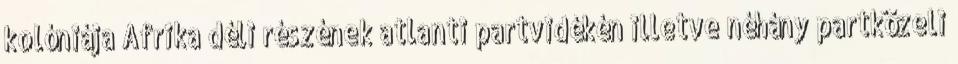
kolóniája Afrika déli részének atlanti partvidékén illetve néhány partközeli